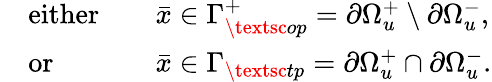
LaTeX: \begin{array}{rlrl}&{\mathrm{either}}&&{\bar{x}\in\Gamma_{\textsc{op}}^{+}=\partial\Omega_{u}^{+}\setminus\partial\Omega_{u}^{-},}\\ &{\mathrm{or~}}&&{\bar{x}\in\Gamma_{\textsc{tp}}=\partial\Omega_{u}^{+}\cap\partial\Omega_{u}^{-}.}\end{array}